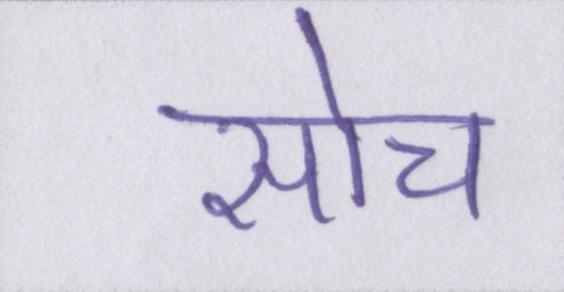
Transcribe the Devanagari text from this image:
सोच